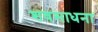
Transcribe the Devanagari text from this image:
शवसाधना